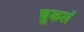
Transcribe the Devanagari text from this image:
चुकलं